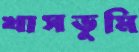
খাসভূমি